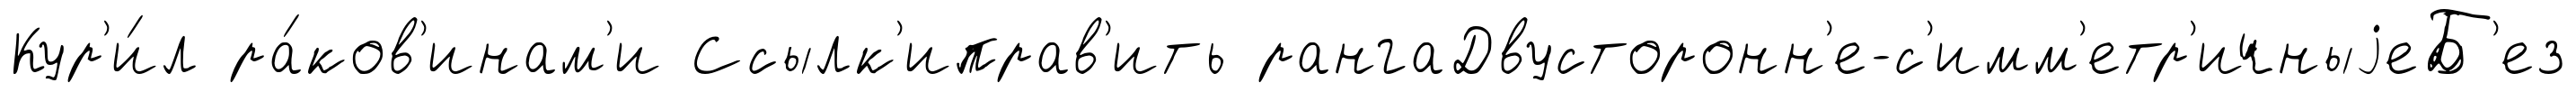
Кур'и́л ра́ков'инам'и Ссылк'иправ'ить рангаДвусторонн'е-с'имм'етр'ичныjеБ'ез